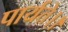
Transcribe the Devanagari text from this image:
पार्यते।।